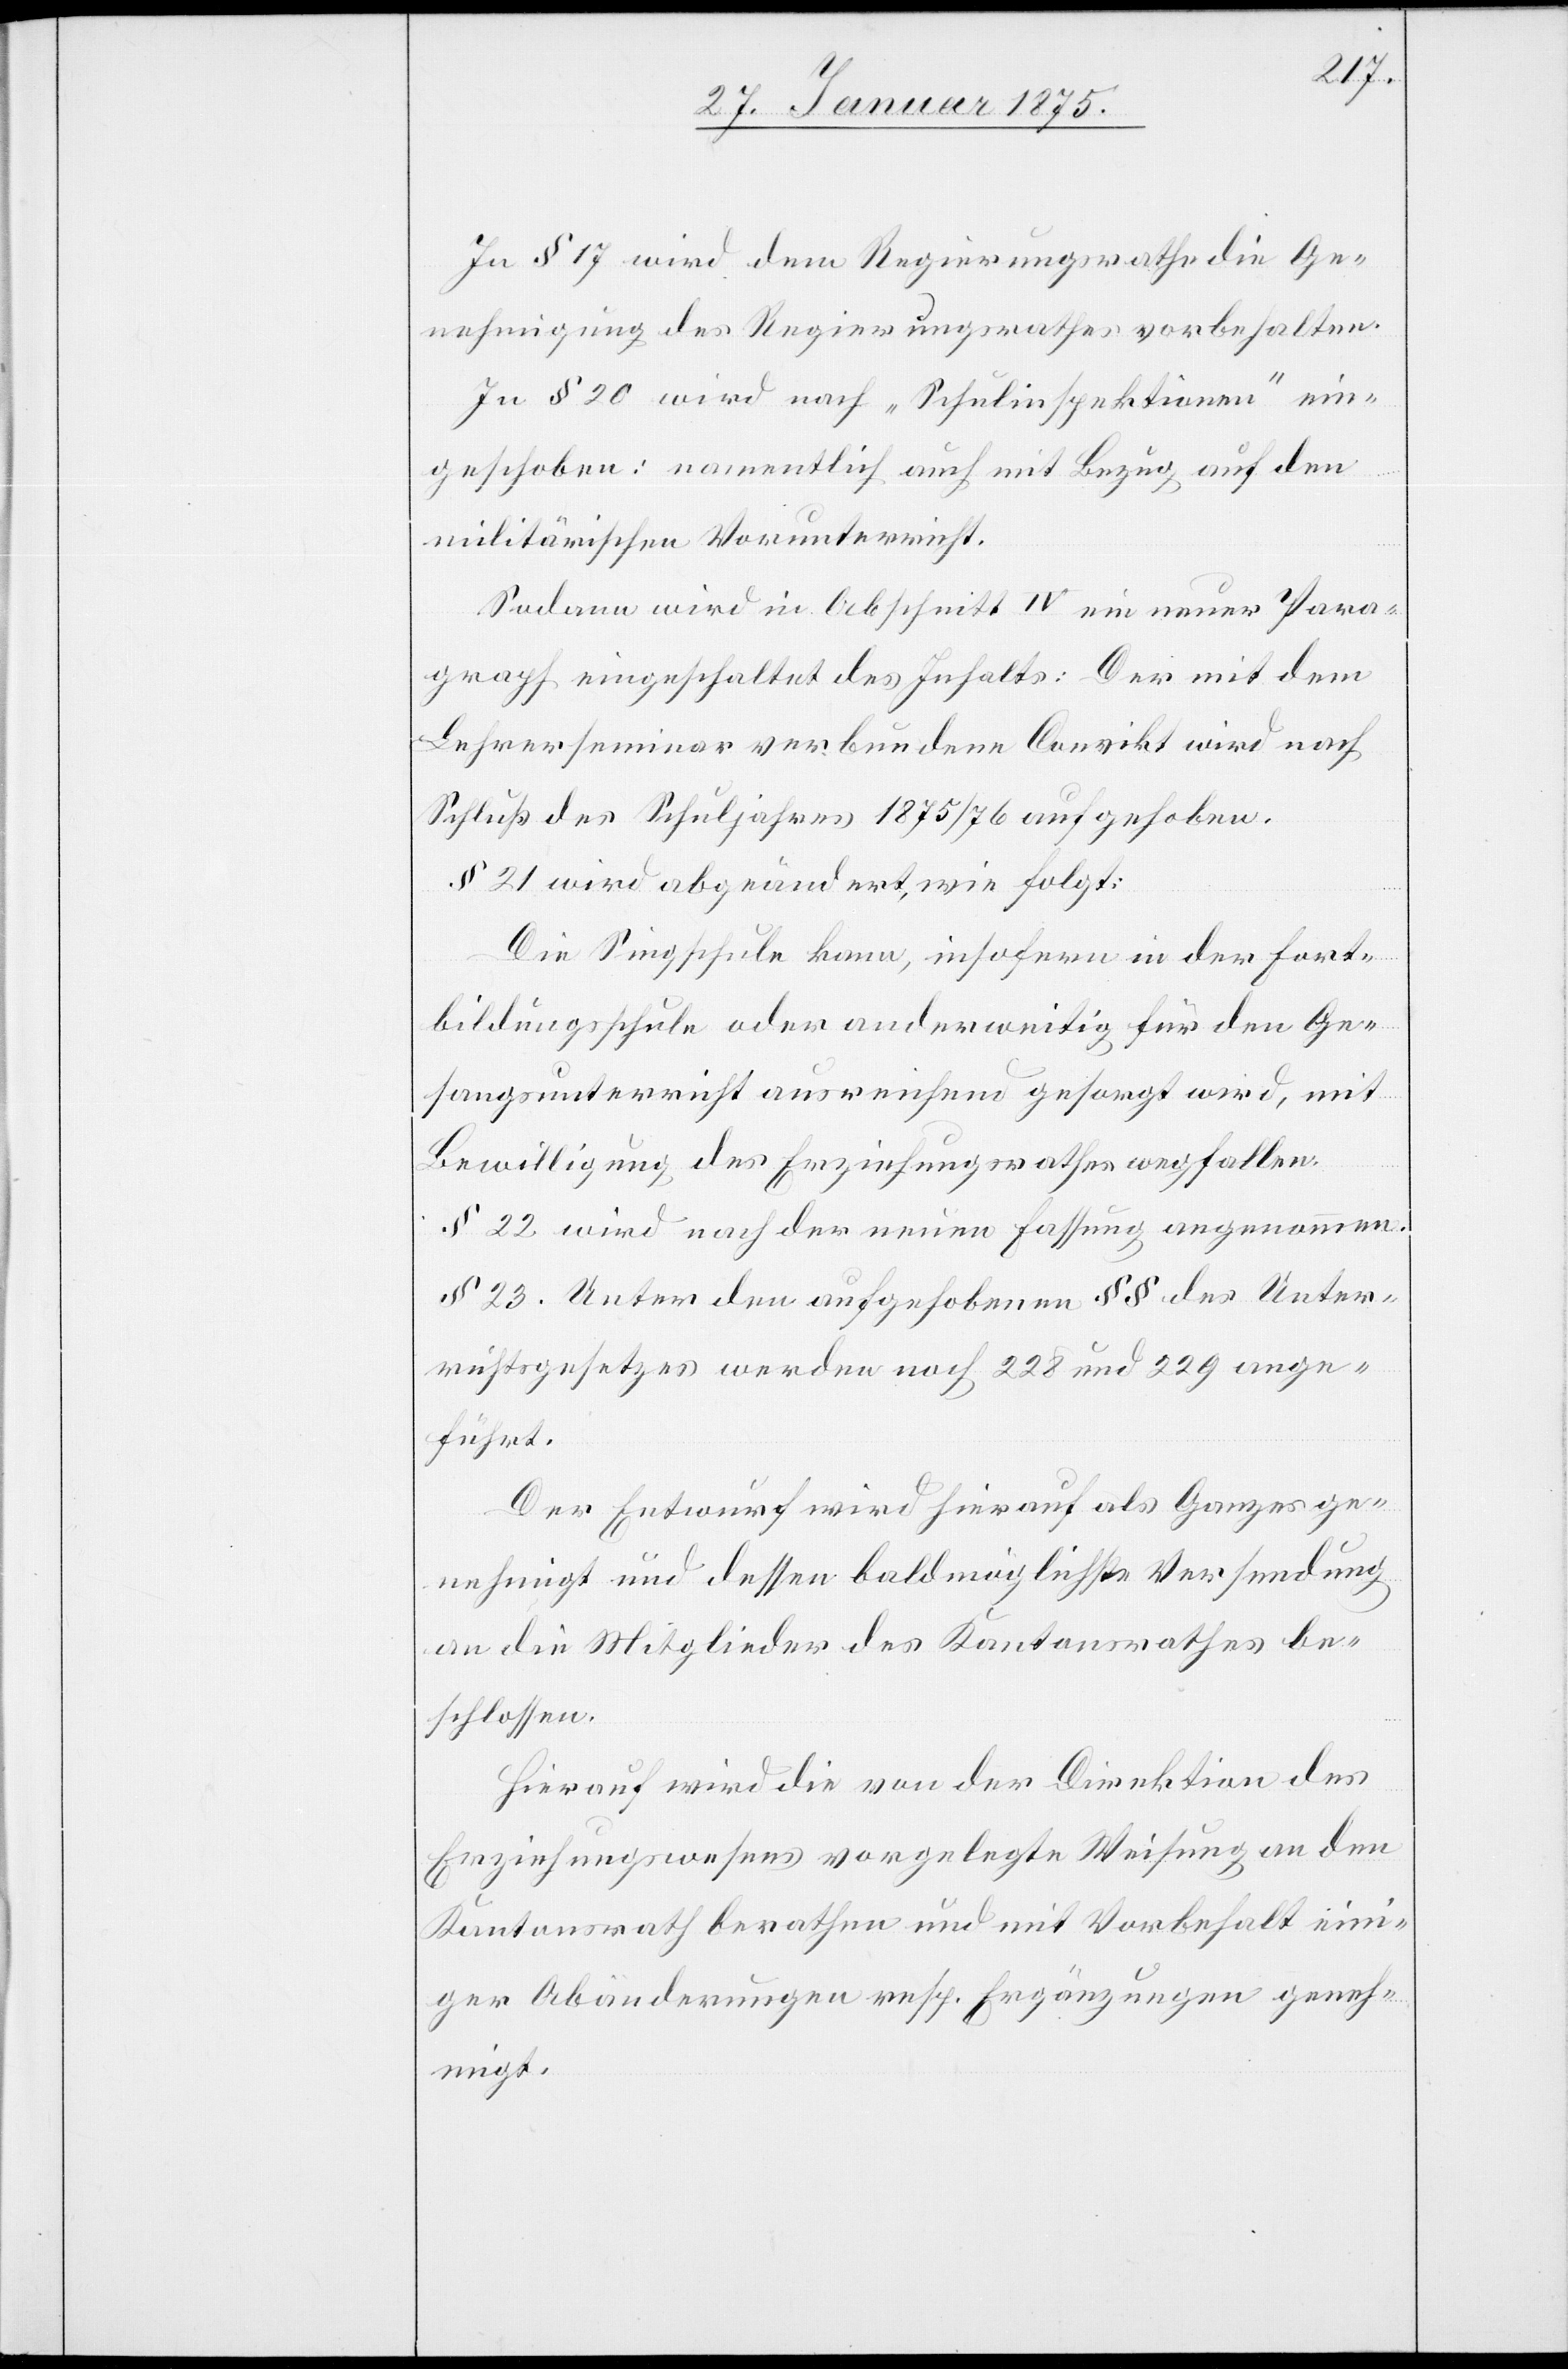
In § 17 wird dem Regierungsrathe die Ge¬
nehmigung des Regierungsrathes vorbehalten.
In § 20 wird nach „Schulinspektionen“ ein¬
geschoben: namentlich auch mit Bzug auf den
militärischen Vorunterricht.
Sodann wird in Abschnitt IV ein neuer Para¬
graph eingeschaltet des Inhalts: Der mit dem
Lehrerseminar verbundene Convikt wird nach
Schluß des Schuljahres 1875/76 aufgehoben.
§ 21 wird abgeändert, wie folgt:
Die Singschule kann, insofern in der Fort¬
bildungsschule oder anderweitig für den Ge¬
sangsunterricht ausreichend gesorgt wird, mit
Bewilligung des Erziehungsrathes wegfallen.
§ 22 wird nach der neuen Fassung angenommen.
§ 23. Unter den aufgehobenen §§ des Unter¬
richtsgesetzes werden noch 228 und 229 ange¬
führt.
Der Entwurf wird hier als Ganzes ge¬
nehmigt und dessen baldmöglichste Versendung
an die Mitglieder des Kantonsrathes be¬
schlossen.
Hierauf wird die von der Direktion des
Erziehungswesens vorgelegte Weisung an den
Kantonsrath berathen und mit Vorbehalt eini¬
ger Abänderungen resp. Ergänzungen geneh¬
migt.